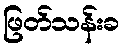
ဖြတ်သန်းခ